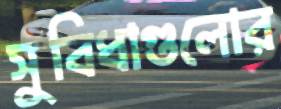
সুবিধাগুলোর